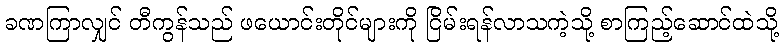
ခဏကြာလျှင် တီကွန်သည် ဖယောင်းတိုင်များကို ငြိမ်းရန်လာသကဲ့သို့ စာကြည့်ဆောင်ထဲသို့